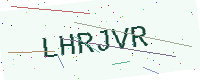
Text: LHRJVR